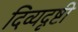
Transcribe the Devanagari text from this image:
दिव्यदृष्टी